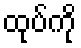
ထုပ်ကို